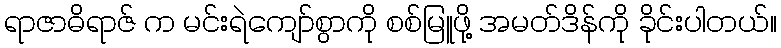
ရာဇာဓိရာဇ် က မင်းရဲကျော်စွာကို စစ်မြူဖို့ အမတ်ဒိန်ကို ခိုင်းပါတယ်။